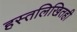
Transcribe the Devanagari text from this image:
हस्तलिखितही